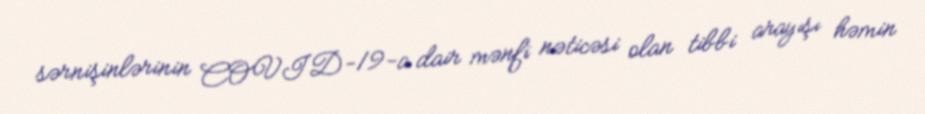
sərnişinlərinin COVID-19-a dair mənfi nəticəsi olan tibbi arayışı həmin